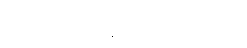
သတိပေးပန်ကြားပါတယ်။